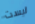
ليست